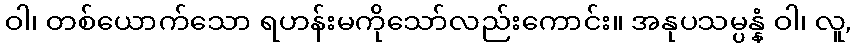
ဝါ၊ တစ်ယောက်သော ရဟန်းမကိုသော်လည်းကောင်း။ အနုပသမ္ပန္နံ ဝါ၊ လူ,